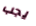
يجب